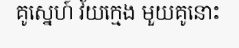
គូស្នេហ៍ វ័យក្មេង មួយគូនោះ